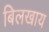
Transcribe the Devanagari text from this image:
बिलखाय